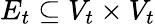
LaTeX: E_{t}\subseteq V_{t}\times V_{t}